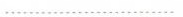
……